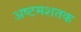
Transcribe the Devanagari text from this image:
अष्टमशतक